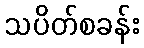
သပိတ်စခန်း